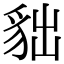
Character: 貀